Vaccine operations Central Provinces & Berar 1912-1920 - 1912-1920
Year: 1912
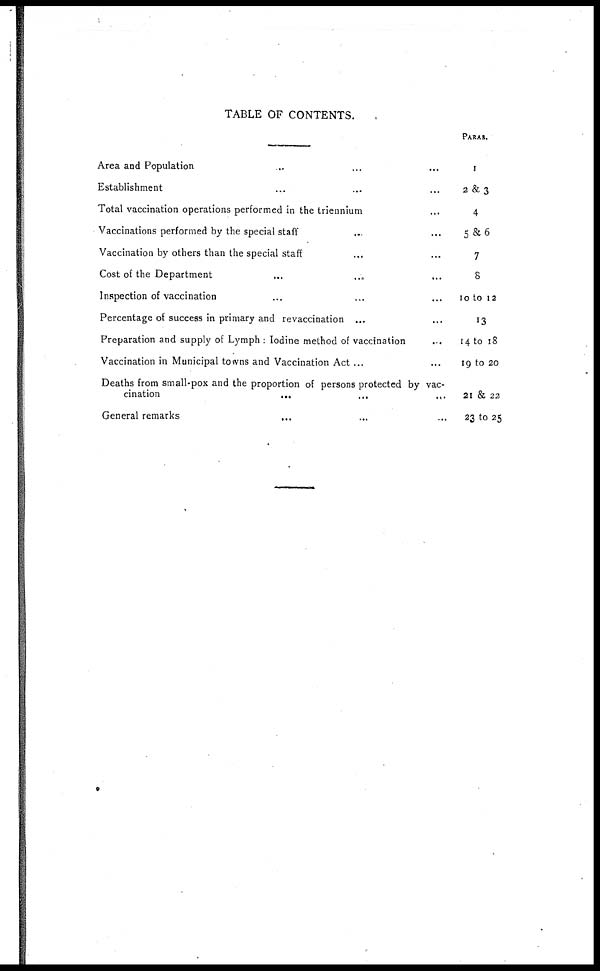
TABLE OF CONTENTS.
Area and Population ... ... ...
Establishment ... ... ...
Total vaccination operations performed in the triennium ...
Vaccinations performed by the special staff ... ...
Vaccination by others than the special staff ... ...
Cost of the Department ... ... ...
Inspection of vaccination ... ... ...
Percentage of success in primary and revaccination ... ...
Preparation and supply of Lymph : Iodine method of vaccination ...
Vaccination in Municipal towns and Vaccination Act ... ...
Deaths from small-pox and the proportion of persons protected by vac-
cination ... ... ...
General remarks
...
...
...
PARAS.
1
2 & 3
4
5&6
7
8
10 to 12
13
14 to 18
19 to 20
21 & 22
23 to 25